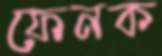
ফেনক